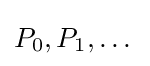
P_{0},P_{1},\dots